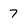
Character: 7